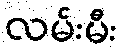
လမ်းမီး